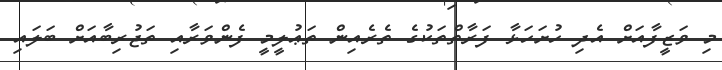
މި ވަޒީފާއަށް އެދި ހުށަހަޅާ ފަރާތްތަކުގެ ތެރެއިން ތަޢުލީމީ ފެންވަރާއި ތަޖުރިބާއަށް ބަލައި